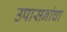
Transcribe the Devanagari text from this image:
उपासनांचा